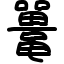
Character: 鼍